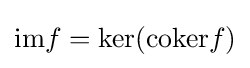
{\text{im}}f=\ker({\text{coker}}f)